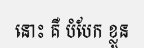
នោះ គឺ បំបែក ខ្លួន